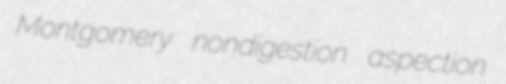
Montgomery nondigestion aspection